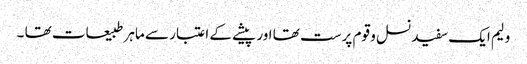
ولیم ایک سفید نسل و قوم پرست تھا اور پیشے کے اعتبار سے ماہر طبیعات تھا ۔